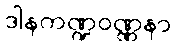
ဒါနကဏ္ဍဝဏ္ဏနာ